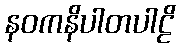
နဝကနိပါတပါဠိ